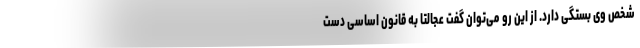
شخص وی بستگی دارد. از این رو می‌توان گفت عجالتا به قانون اساسی دست